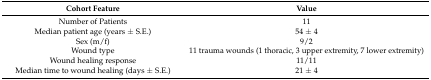
<table><thead><tr><td><b>Cohort Feature</b></td><td><b>Value</b></td></tr></thead><tbody><tr><td>Number of Patients</td><td>11</td></tr><tr><td>Median patient age (years ± S.E.)</td><td>54 ± 4</td></tr><tr><td>Sex (m/f)</td><td>9/2</td></tr><tr><td>Wound type</td><td>11 trauma wounds (1 thoracic, 3 upper extremity, 7 lower extremity)</td></tr><tr><td>Wound healing response</td><td>11/11</td></tr><tr><td>Median time to wound healing (days ± S.E.)</td><td>21 ± 4</td></tr></tbody></table>